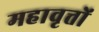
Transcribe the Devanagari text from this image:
महावृत्तों